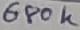
Text: 680K